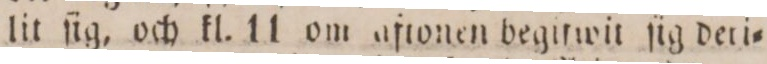
lit ſig, och kl. 11 om aftonen begifwit ſig deri=